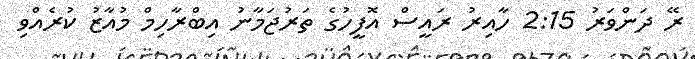
ރޭ ދަންވަރު 2:15 ހާއިރު ރައީސް އޮފީހުގެ ތަރުޖަމާނު އިބްރާހިމް މުއާޒު ކުރެއްވި